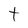
Character: t